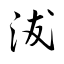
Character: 沷